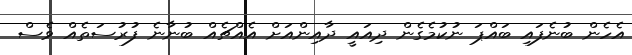
އެހެން ބުނެފައި ބައްޕަ ނުކުމެގެން ދިއައީ ދާއިންއަށް އެއްޗެއް ބުނާނެ ފުރުސަތެއް ވެސް